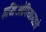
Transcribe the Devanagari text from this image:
इथिओपियामध्ये